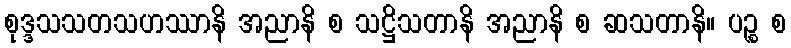
စုဒ္ဒသသတသဟဿာနိ အညာနိ စ သဋ္ဌိသတာနိ အညာနိ စ ဆသတာနိ။ ပဉ္စ စ